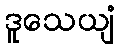
ဒူသေယျံ